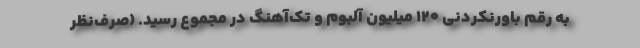
به رقم باورنکردنی ۱۲۰ میلیون آلبوم و تک‌آهنگ در مجموع رسید. (صرف‌نظر